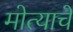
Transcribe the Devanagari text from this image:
मोत्याचे